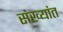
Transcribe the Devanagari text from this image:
संख्यांत